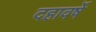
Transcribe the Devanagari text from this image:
दहावर्षे